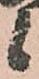
候